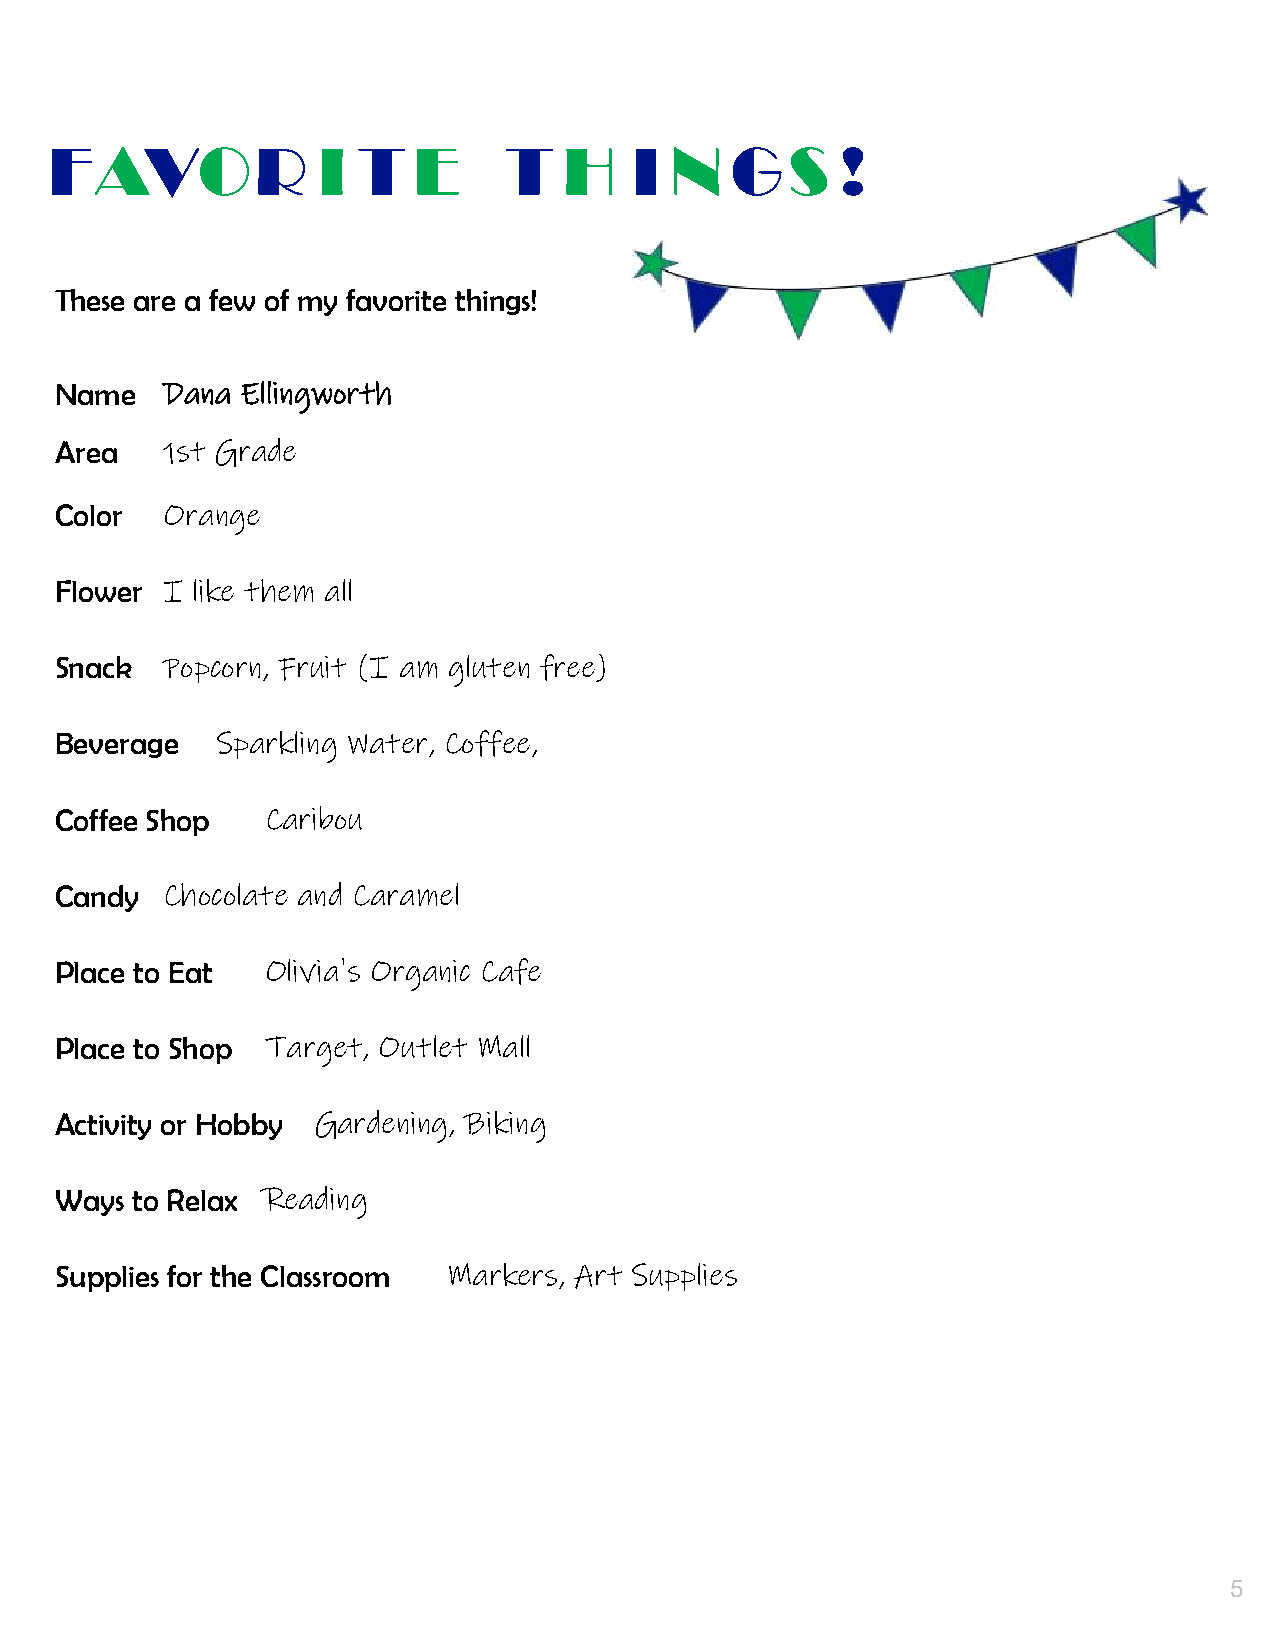
4
 FAVOR             I  T  E     T   H    I N   GS      !
 These are a few of my favorite things!
 Name   Dana Ellingworth
 Area   1st Grade
 Color  Orange
 Flower I like them all
 Snack  Popcorn, Fruit (I am gluten free)
 Beverage  Sparkling Water, Coffee,
 Coffee Shop   Caribou
 Candy  Chocolate and Caramel
 Place to Eat  Olivia's Organic Cafe
 Place to Shop Target, Outlet Mall
 Activity or Hobby Gardening, Biking
 Ways to Relax Reading
 Supplies for the Classroom Markers, Art Supplies
 5